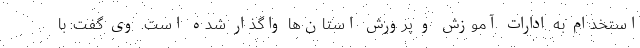
استخدام به ادارات آموزش و پرورش استان‌ها واگذار شده است. وی گفت: با